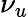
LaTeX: \nu_{u}